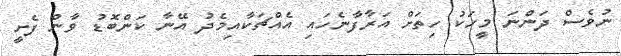
ނުވެސް ދަންނަ މީހަކު ހިތަށް އަރާފާނެހައި އެއްޗަކާއިމެދު އޭނާ ކަންބޮޑު ވާން ފެށީ